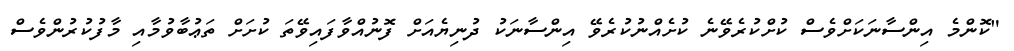
"ކޮންމެ އިންސާނަކަށްވެސް ކުށްކުރެވޭނެ ކުށެއްނުކުރެވޭ އިންސާނަކު ދުނިޔެއަށް ފޮނުއްވާފައިވޭތަ ކުށަށް ތަޢުބާވުމާއި މާފުކުރުންވެސް